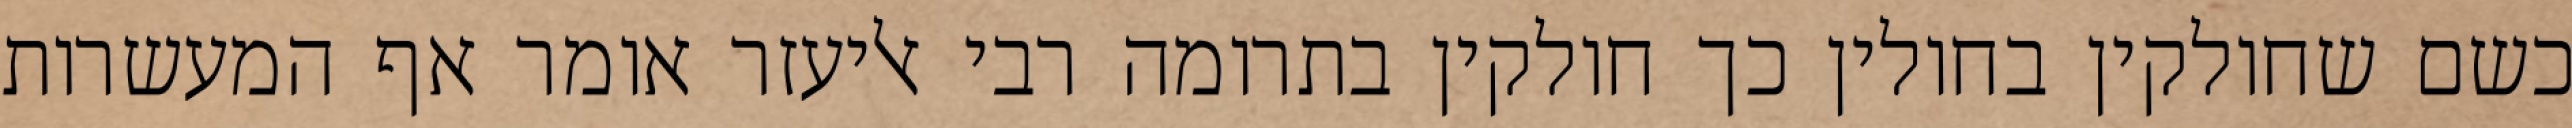
כשם שחולקין בחולין כך חולקין בתרומה רבי אליעזר אומר אף המעשרות